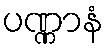
ပဏ္ဏာနံ